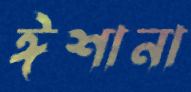
ঈশানা